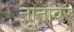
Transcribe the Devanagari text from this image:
नानांवर